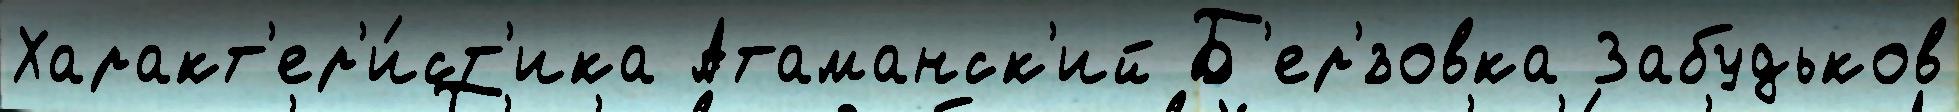
Характ'ер'и́ст'ика Атаманск'ий Б'ер'́зовка Забудьков